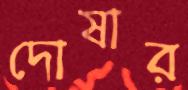
দোষার